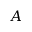
A